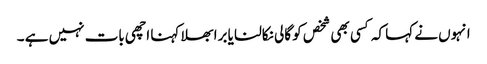
انہوں نے کہا کہ کسی بھی شخص کو گالی نکالنا یا برا بھلا کہنا اچھی بات نہیں ہے ۔